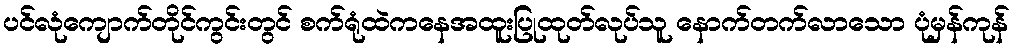
ပင်လုံကျောက်တိုင်ကွင်းတွင် စက်ရုံထဲကနေအထူးပြုထုတ်လုပ်သူ နောက်တက်လာသော ပုံမှန်ကုန်